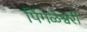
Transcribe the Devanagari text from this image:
पिंगळेश्वरी